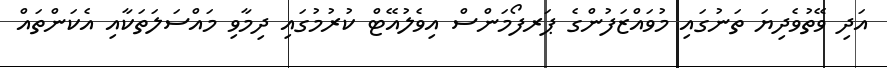
އަދި ވޭތުވެދިޔަ ތަނުގައި މުވައްޒަފުންގެ ޕަރފޯމަންސް އިވެލުއޭޓް ކުރުމުގައި ދިމާވި މައްސަލަތަކާއި އެކަންތައް